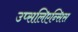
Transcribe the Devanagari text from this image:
उप्सलिएन्सिस